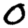
Digit: 0